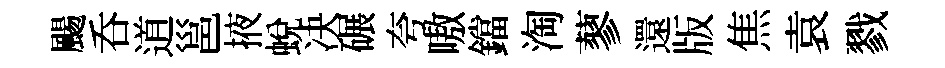
颺呑道邕掖蜕决碾夸嗷鐺淘蓼還版焦袁戮